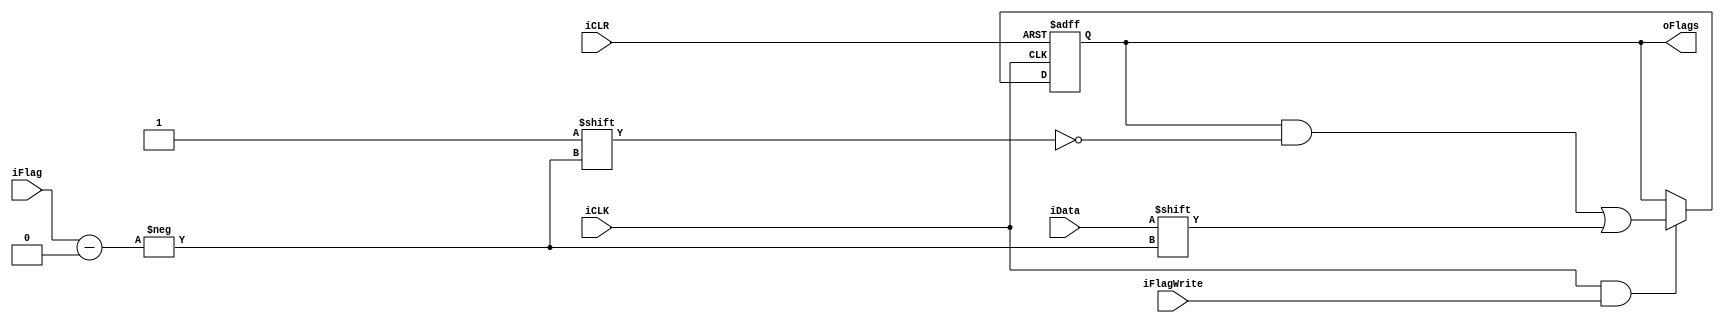

module FlagBank (
	input iCLK, iCLR, iFlagWrite, iData,
	input [2:0] iFlag,
	output reg [7:0] oFlags
	);

//integer i;
reg [3:0] i;

initial begin
	for (i = 0; i <= 7; i = i + 1'b1)
		oFlags[i] <= 1'b0;
end

/*Escrever a cada subida do clock*/
always @(posedge iCLK or posedge iCLR)
begin
	if (iCLR)
	begin
		for (i = 0; i <= 7; i = i + 1'b1)
			oFlags[i] <= 1'b0;
	end
	else 
	begin
		i<=4'bx; // para no dar warning
		if (iCLK && iFlagWrite)
			oFlags[iFlag] <= iData;
	end
end

endmodule